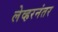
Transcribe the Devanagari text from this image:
लेव्हरनंतर